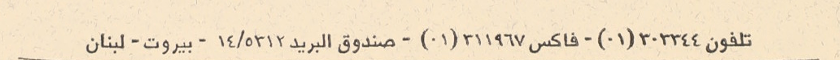
تلفون ٣٠٣٣٤٤(٠١) - فاكس ٣١١٩٦٧(٠١) - صندوق البريد ٥٣١٢/١٤ - بيروت - لبنان